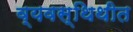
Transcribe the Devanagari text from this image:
व्यवस्थिथीत